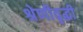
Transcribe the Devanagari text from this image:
श्रेणीवृद्धी